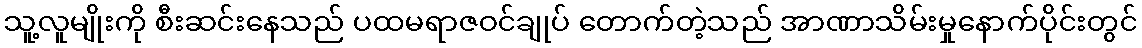
သူ့လူမျိုးကို စီးဆင်းနေသည် ပထမရာဇဝင်ချုပ် တောက်တဲ့သည် အာဏာသိမ်းမှုနောက်ပိုင်းတွင်